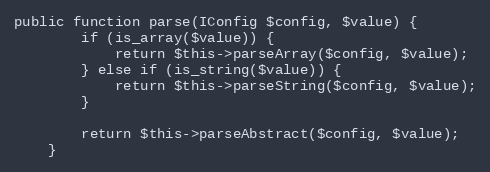
Language: PHP
public function parse(IConfig $config, $value) {
        if (is_array($value)) {
            return $this->parseArray($config, $value);
        } else if (is_string($value)) {
            return $this->parseString($config, $value);
        }

        return $this->parseAbstract($config, $value);
    }